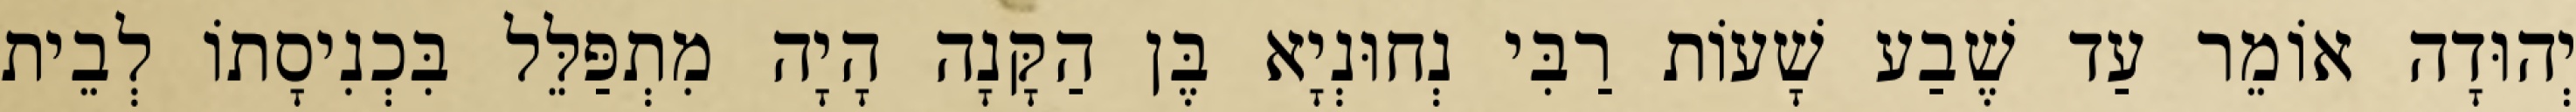
יְהוּדָה אוֹמֵר עַד שֶׁבַע שָׁעוֹת רַבִּי נְחוּנְיָא בֶּן הַקָּנָה הָיָה מִתְפַּלֵּל בִּכְנִיסָתוֹ לְבֵית